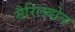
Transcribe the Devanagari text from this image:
मैरिलबोन